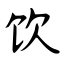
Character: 饮